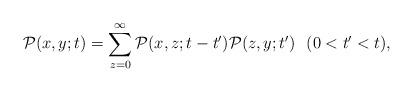
LaTeX: \begin{align*} \mathcal{P}(x,y;t)=\sum_{z=0}^{\infty}\mathcal{P}(x,z;t-t') \mathcal{P}(z,y;t')\ \ (0<t'<t), \end{align*}